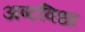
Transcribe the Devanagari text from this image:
अष्टविधा